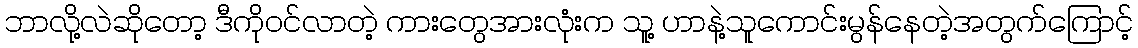
ဘာလို့လဲဆိုတော့ ဒီကိုဝင်လာတဲ့ ကားတွေအားလုံးက သူ့ ဟာနဲ့သူကောင်းမွန်နေတဲ့အတွက်ကြောင့်